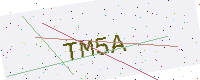
Text: TM5A